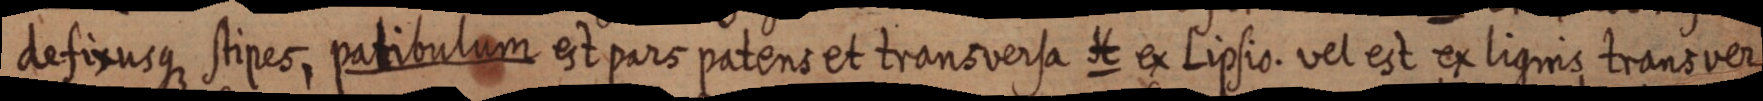
defixusque stipes, patibulum est pars patens et transversa H ex Lipsio. vel est ex lignis transver